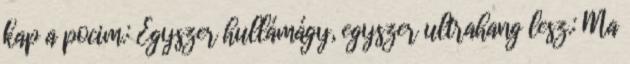
kap a pocim.: Egyszer hullámágy, egyszer ultrahang lesz.: Ma